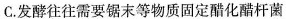
C.发酵往往需要锯末等物质固定醋化醋杆菌